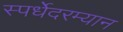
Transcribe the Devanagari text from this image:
स्पर्धेेदरम्यान